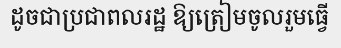
ដូចជាប្រជាពលរដ្ឋ ឱ្យត្រៀមចូលរួមធ្វើ